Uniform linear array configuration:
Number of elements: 48
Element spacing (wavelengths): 0.5
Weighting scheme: cosine
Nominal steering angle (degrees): -30
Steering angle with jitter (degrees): -30.344
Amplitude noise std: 0.05
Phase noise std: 0.05

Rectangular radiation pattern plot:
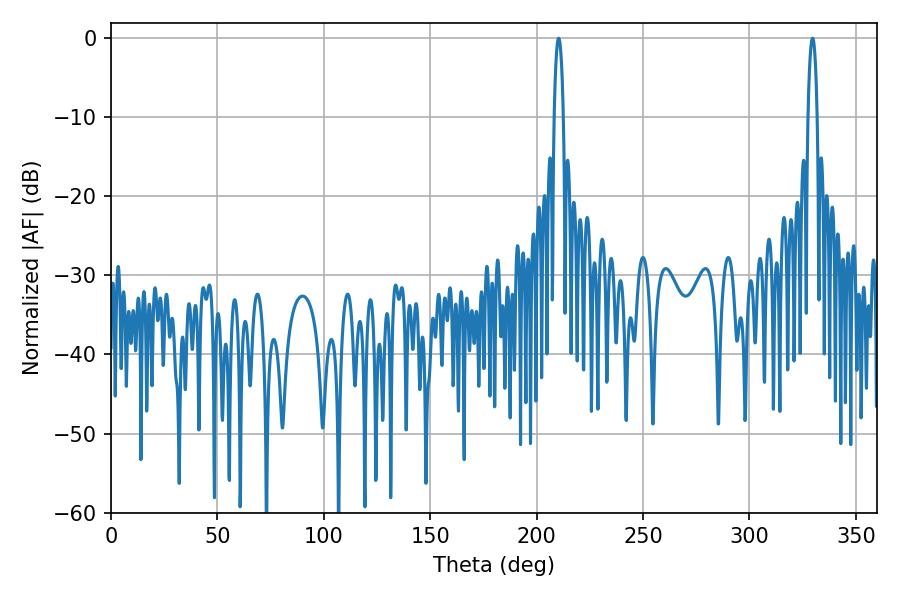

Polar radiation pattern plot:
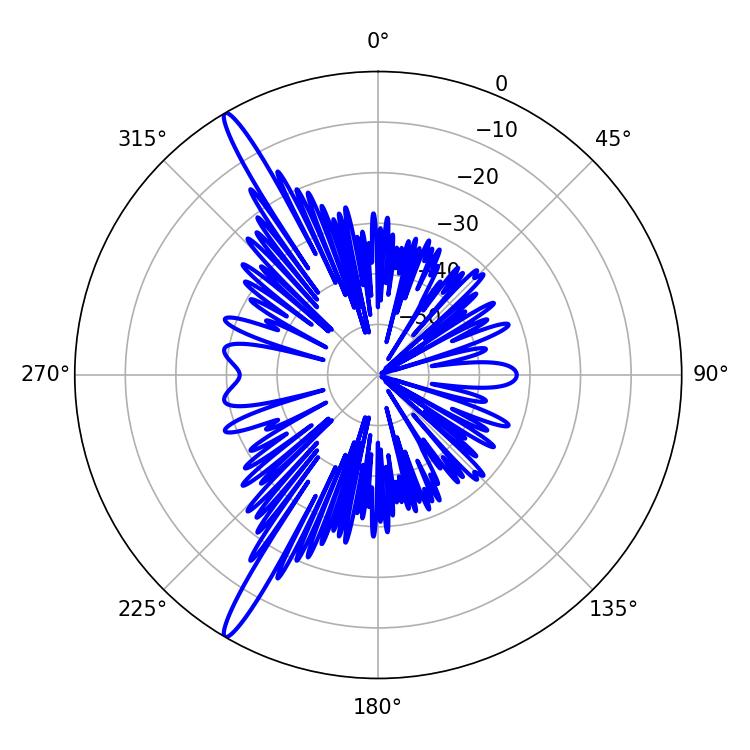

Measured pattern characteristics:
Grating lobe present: FALSE
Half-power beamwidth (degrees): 2.34
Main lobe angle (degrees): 210.42